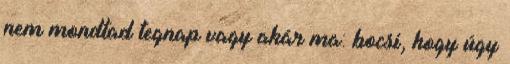
nem mondtad tegnap vagy akár ma: bocsi, hogy úgy